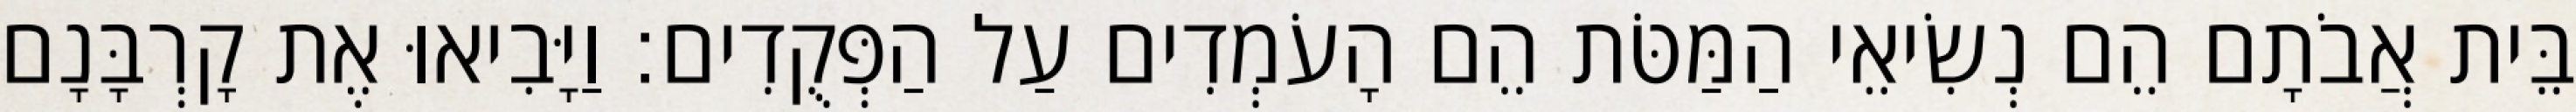
בֵּית אֲבֹתָם הֵם נְשִׂיאֵי הַמַּטֹּת הֵם הָעֹמְדִים עַל הַפְּקֻדִים׃ וַיָּבִיאוּ אֶת קָרְבָּנָם